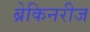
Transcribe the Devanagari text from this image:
ब्रेकिनरीज